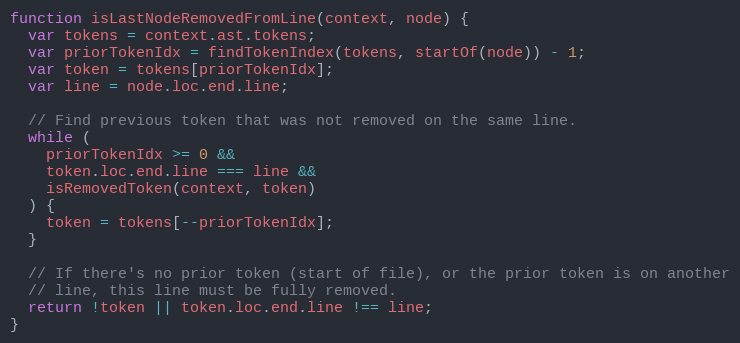
Language: JavaScript
function isLastNodeRemovedFromLine(context, node) {
  var tokens = context.ast.tokens;
  var priorTokenIdx = findTokenIndex(tokens, startOf(node)) - 1;
  var token = tokens[priorTokenIdx];
  var line = node.loc.end.line;

  // Find previous token that was not removed on the same line.
  while (
    priorTokenIdx >= 0 &&
    token.loc.end.line === line &&
    isRemovedToken(context, token)
  ) {
    token = tokens[--priorTokenIdx];
  }

  // If there's no prior token (start of file), or the prior token is on another
  // line, this line must be fully removed.
  return !token || token.loc.end.line !== line;
}